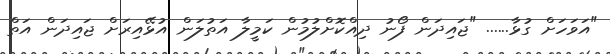
"އަވަހަށް ގުޅާ...... "ޖައިދަން ފޯނު ދިއްކޮށްލުމުން ކަމީލާ އަތުލަން އުޅޭއިރަށް ޖައިދަން އަތް